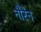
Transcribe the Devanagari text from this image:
नौरेन